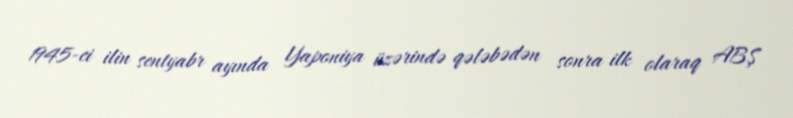
1945-ci ilin sentyabr ayında Yaponiya üzərində qələbədən sonra ilk olaraq ABŞ